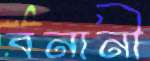
বনানী